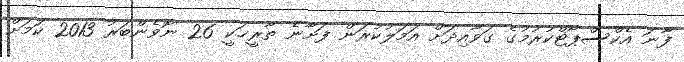
ފާނަ އެކްސްޕޯޓްކުރުމުގެ ގަވާއިދަށް އަމަލުކުރަން ފަށާނެ ތާރީޚަކީ 26 ނޮވެންބަރު 2013 ކަމަށް